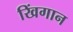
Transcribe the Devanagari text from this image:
खिंगान